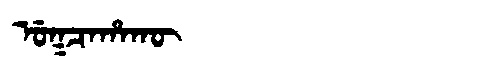
Manchu: ᡠᡴᠴᠠᡥᠠᡴᡡ
Romanization: UKCAHAKŪ